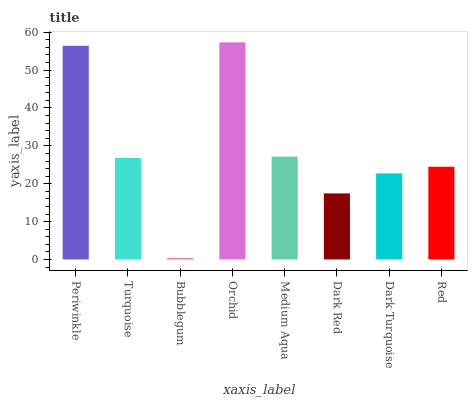
| xaxis_label | bars |
 | --- | --- |
 | Periwinkle | 56.4 |
 | Turquoise | 26.8 |
 | Bubblegum | 0.346 |
 | Orchid | 57.3 |
 | Medium Aqua | 27.2 |
 | Dark Red | 17.4 |
 | Dark Turquoise | 22.7 |
 | Red | 24.5 |